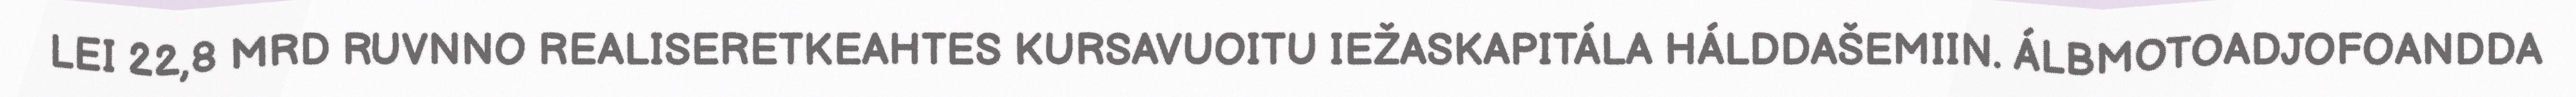
LEI 22,8 MRD RUVNNO REALISERETKEAHTES KURSAVUOITU IEŽASKAPITÁLA HÁLDDAŠEMIIN. ÁLBMOTOADJOFOANDDA